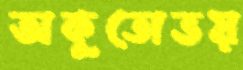
অকুতোভয়